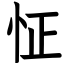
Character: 怔